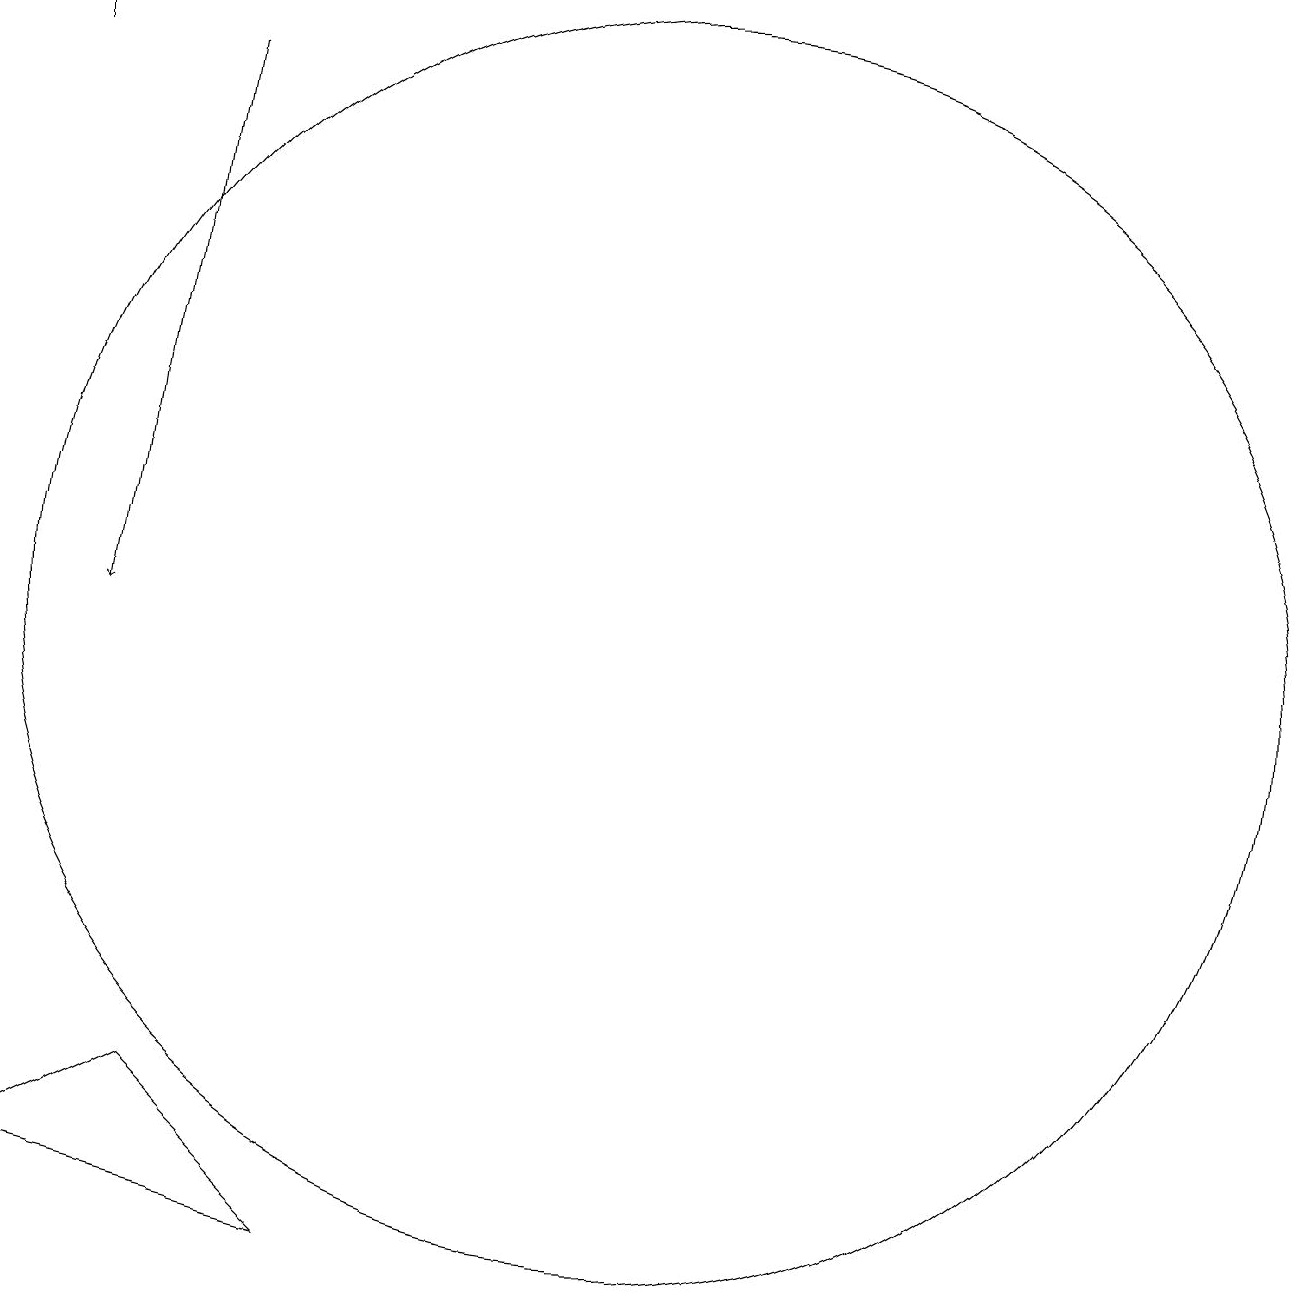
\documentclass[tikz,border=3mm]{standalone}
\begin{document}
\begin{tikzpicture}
\draw[->] (4,18) -- (4,19);
\draw (12,11) circle (8);
\draw (8,3) -- (4,4) -- (6,5) -- cycle;
\draw[->] (6,18) -- (5,11);
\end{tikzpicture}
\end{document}